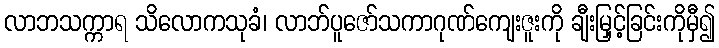
လာဘသက္ကာရ သိလောကသုခံ၊ လာဘ်ပူဇော်သကာဂုဏ်ကျေးဇူးကို ချီးမြှင့်ခြင်းကိုမှီ၍